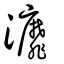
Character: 灖